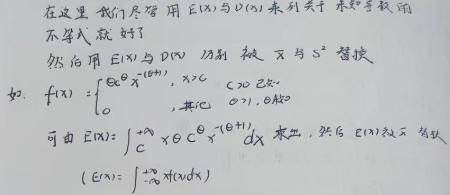
在这里我们尽管用 $E(X)$ 与 $D(X)$ 来列关于未知参数的
不等式就好了
然后用 $E(X)$ 与 $D(X)$ 分别被 $\overline{X}$ 与 $S^{2}$ 替换
如. $f(x)=\begin{cases}\theta e^{-\theta(x - \mu)},x\geq\mu\\0,其它\end{cases}(\theta>0,\mu\in R)$
可由 $E(X)=\int_{\mu}^{+\infty}x\theta e^{-\theta(x - \mu)}dx$ 求出，然后 $E(X)$ 就 替换
$(E(X)=\int_{-\infty}^{+\infty}xf(x)dx)$